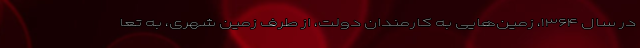
در سال ۱۳۶۴، زمین‌هایی به کارمندان دولت، از طرف زمین شهری، به تعا